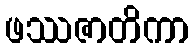
ဖဿဇာတိကာ